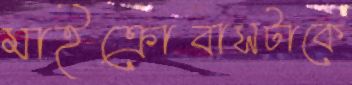
মাইক্রোবাসটাকে